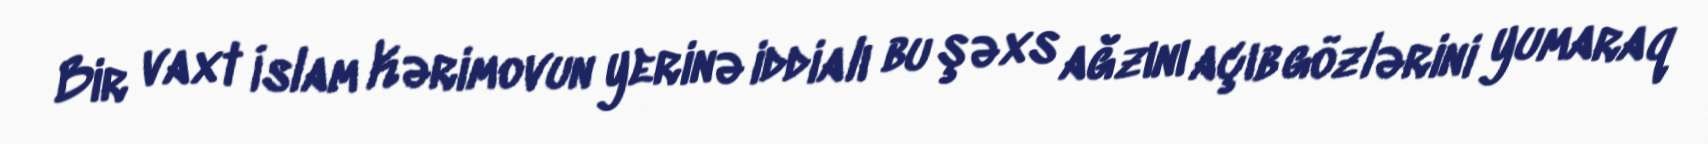
Bir vaxt İslam Kərimovun yerinə iddialı bu şəxs ağzını açıb gözlərini yumaraq